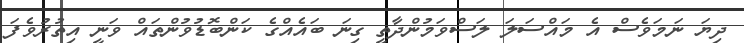
ދިޔަ ނަމަވެސް އެ މައްސަލަ ލަސްވަމުންދާތީ ގިނަ ބައެއްގެ ކަންބޮޑުވުންތައް ވަނީ އިތުރުވެފަ